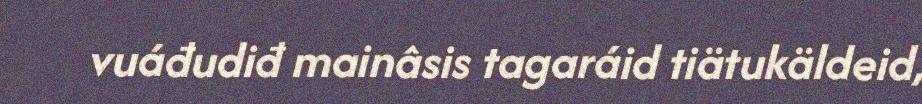
vuáđudiđ mainâsis tagaráid tiätukäldeid,